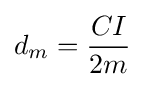
d_{m}={\frac {CI}{2m}}